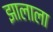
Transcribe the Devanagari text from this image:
झालाला